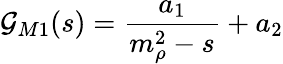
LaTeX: \mathcal{G}_{M1}(s)=\frac{{a_{1}}}{{m_{\rho}^{2}-s}}+a_{2}